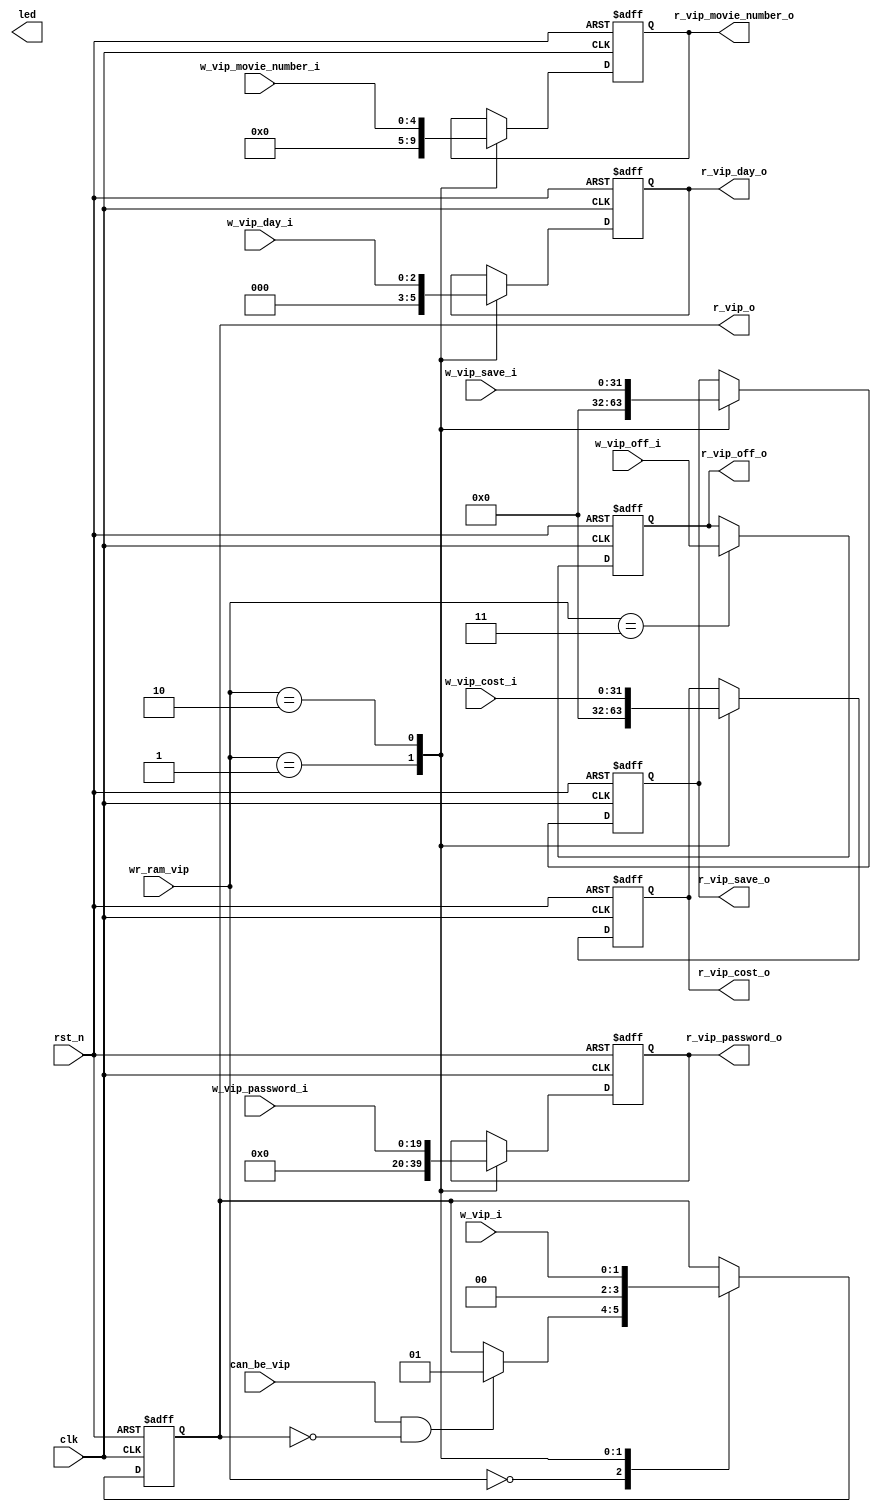
module ram_vip (input clk,
                input rst_n,
                input [1:0] wr_ram_vip,
                input wire [1:0] w_vip_i,
                input wire [4:0] w_vip_movie_number_i,
                input wire [31:0] w_vip_cost_i,
                input wire [31:0] w_vip_save_i,
                input wire [19:0] w_vip_password_i,
                input wire [2:0] w_vip_day_i,
                input wire [4:0] w_vip_off_i,
                output reg [1:0] r_vip_o,
                output reg [4:0] r_vip_movie_number_o,
                output reg [31:0] r_vip_cost_o,
                output reg [31:0] r_vip_save_o,
                output reg [19:0] r_vip_password_o,
                output reg [2:0] r_vip_day_o,
                output reg [4:0] r_vip_off_o,
                input wire can_be_vip,
                output reg [7:0] led);
    
    // wr_ram_vip
    // 00:not write;
    // 01:reset vip(let vip_o be 2'b00);
    // 10:write five reg;
    // 11:write vip off.
    
    // reg vip_o:
    // 00: can't be vip;
    // 01: can be vip but don't have vip;
    // 10: can be vip and have vip but don't activate vip;
    // 11: can be vip and have vip and already activate vip.
    
    always @(posedge clk or negedge rst_n) begin
        if (!rst_n) begin
            r_vip_o              <= 2'b00;
            r_vip_movie_number_o <= 'b0;
            r_vip_cost_o         <= 'b0;
            r_vip_save_o         <= 'b0;
            r_vip_password_o     <= 'b0;
            r_vip_day_o          <= 'b0;
            r_vip_off_o          <= 5'd5;
        end
        else begin
            case (wr_ram_vip)
                2'b00:
                begin
                    if (can_be_vip == 1 && r_vip_o == 2'b00) begin
                        r_vip_o <= 2'b01;
                    end
                end
                2'b01:
                begin
                    r_vip_o              <= 2'b00;
                    r_vip_movie_number_o <= 'b0;
                    r_vip_cost_o         <= 'b0;
                    r_vip_save_o         <= 'b0;
                    r_vip_password_o     <= 'b0;
                    r_vip_day_o          <= 'b0;
                end
                2'b10:
                begin
                    r_vip_o              <= w_vip_i;
                    r_vip_movie_number_o <= w_vip_movie_number_i;
                    r_vip_cost_o         <= w_vip_cost_i;
                    r_vip_save_o         <= w_vip_save_i;
                    r_vip_password_o     <= w_vip_password_i;
                    r_vip_day_o          <= w_vip_day_i;
                end
                2'b11: r_vip_off_o <= w_vip_off_i;
            endcase
        end
    end
    
endmodule // ram_movie